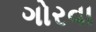
ગોરવા